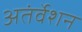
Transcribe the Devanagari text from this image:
अतंर्वेशन